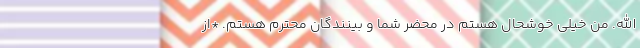
الله. من خیلی خوشحال هستم در محضر شما و بینندگان محترم هستم. *از